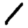
Digit: 1